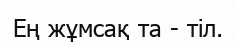
Ең жұмсақ та - тіл.